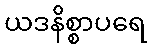
ယဒနိစ္စာပရေ